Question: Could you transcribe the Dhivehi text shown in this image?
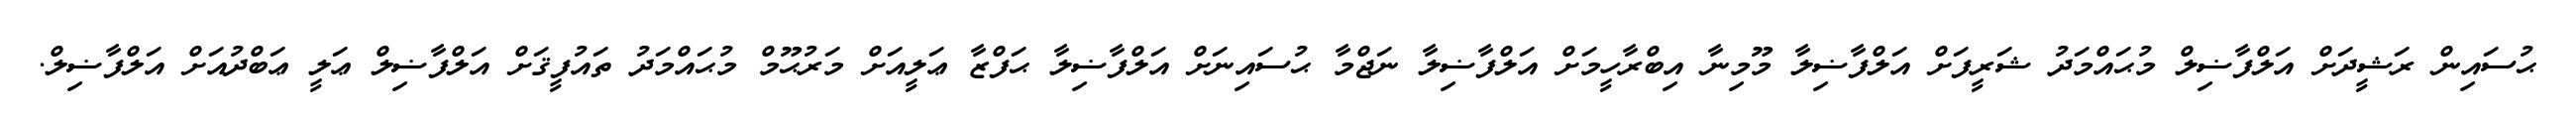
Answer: ޙުސައިން ރަޝީދަށް އަލްފާޟިލް މުޙައްމަދު ޝަރީފަށް އަލްފާޟިލާ މޫމިނާ އިބްރާހީމަށް އަލްފާޟިލާ ނަޖްމާ ޙުސައިނަށް އަލްފާޟިލާ ޙަފްޒާ ޢަލީއަށް މަރުޙޫމް މުޙައްމަދު ތައުފީޤަށް އަލްފާޟިލް ޢަލީ ޢަބްދުއަށް އަލްފާޟިލް.